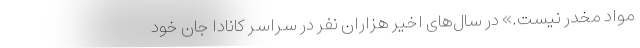
مواد مخدر نیست.» در سال‌های اخیر هزاران نفر در سراسر کانادا جان خود